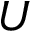
U